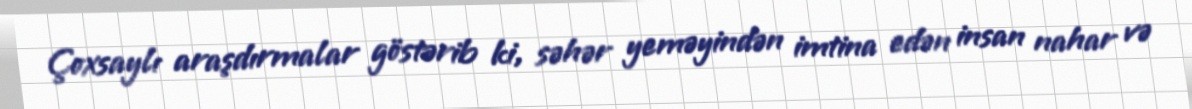
Çoxsaylı araşdırmalar göstərib ki, səhər yeməyindən imtina edən insan nahar və